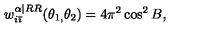
w _ { i \bar { \imath } } ^ { \alpha | R R } ( \theta _ { 1 , } \theta _ { 2 } ) = 4 \pi ^ { 2 } \cos ^ { 2 } B ,